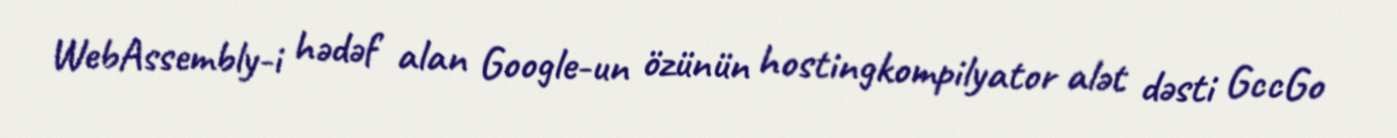
WebAssembly-i hədəf alan Google-un özünün hostingkompilyator alət dəsti GccGo